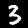
Digit: 3